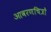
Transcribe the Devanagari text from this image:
आवरणचित्रों